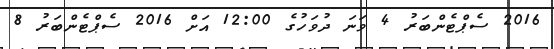
2016 ސެޕްޓެންބަރު 4 ވަނަ ދުވަހުގެ 12:00 އަށް 2016 ސެޕްޓެންބަރު 8